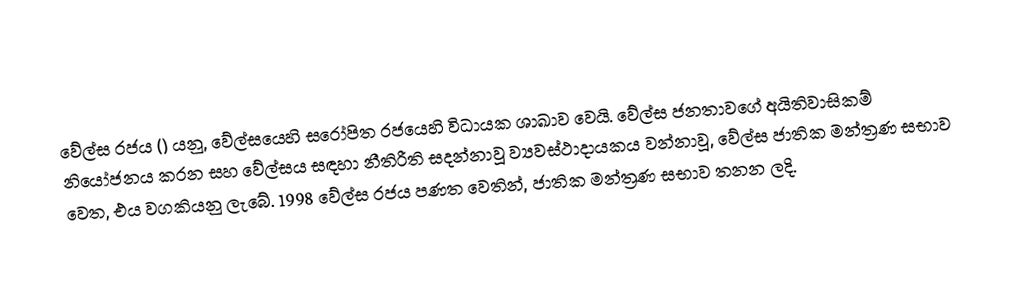
වේල්ස රජය () යනු,  වේල්සයෙහි සරෝපිත රජයෙහි විධායක ශාඛාව වෙයි.  වේල්ස ජනතාවගේ අයිතිවාසිකම් නියෝජනය කරන සහ වේල්සය සඳහා නීතිරීති සදන්නාවූ ව්‍යවස්ථාදායකය වන්නාවූ, වේල්ස ජාතික මන්ත්‍රණ සභාව වෙත,  එය වගකියනු ලැබේ. 1998 වේල්ස රජය පණත වෙතින්, ජාතික මන්ත්‍රණ සභාව තනන ලදි.